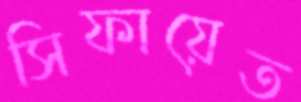
সিফায়েত